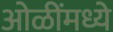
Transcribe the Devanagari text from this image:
ओळींमध्ये